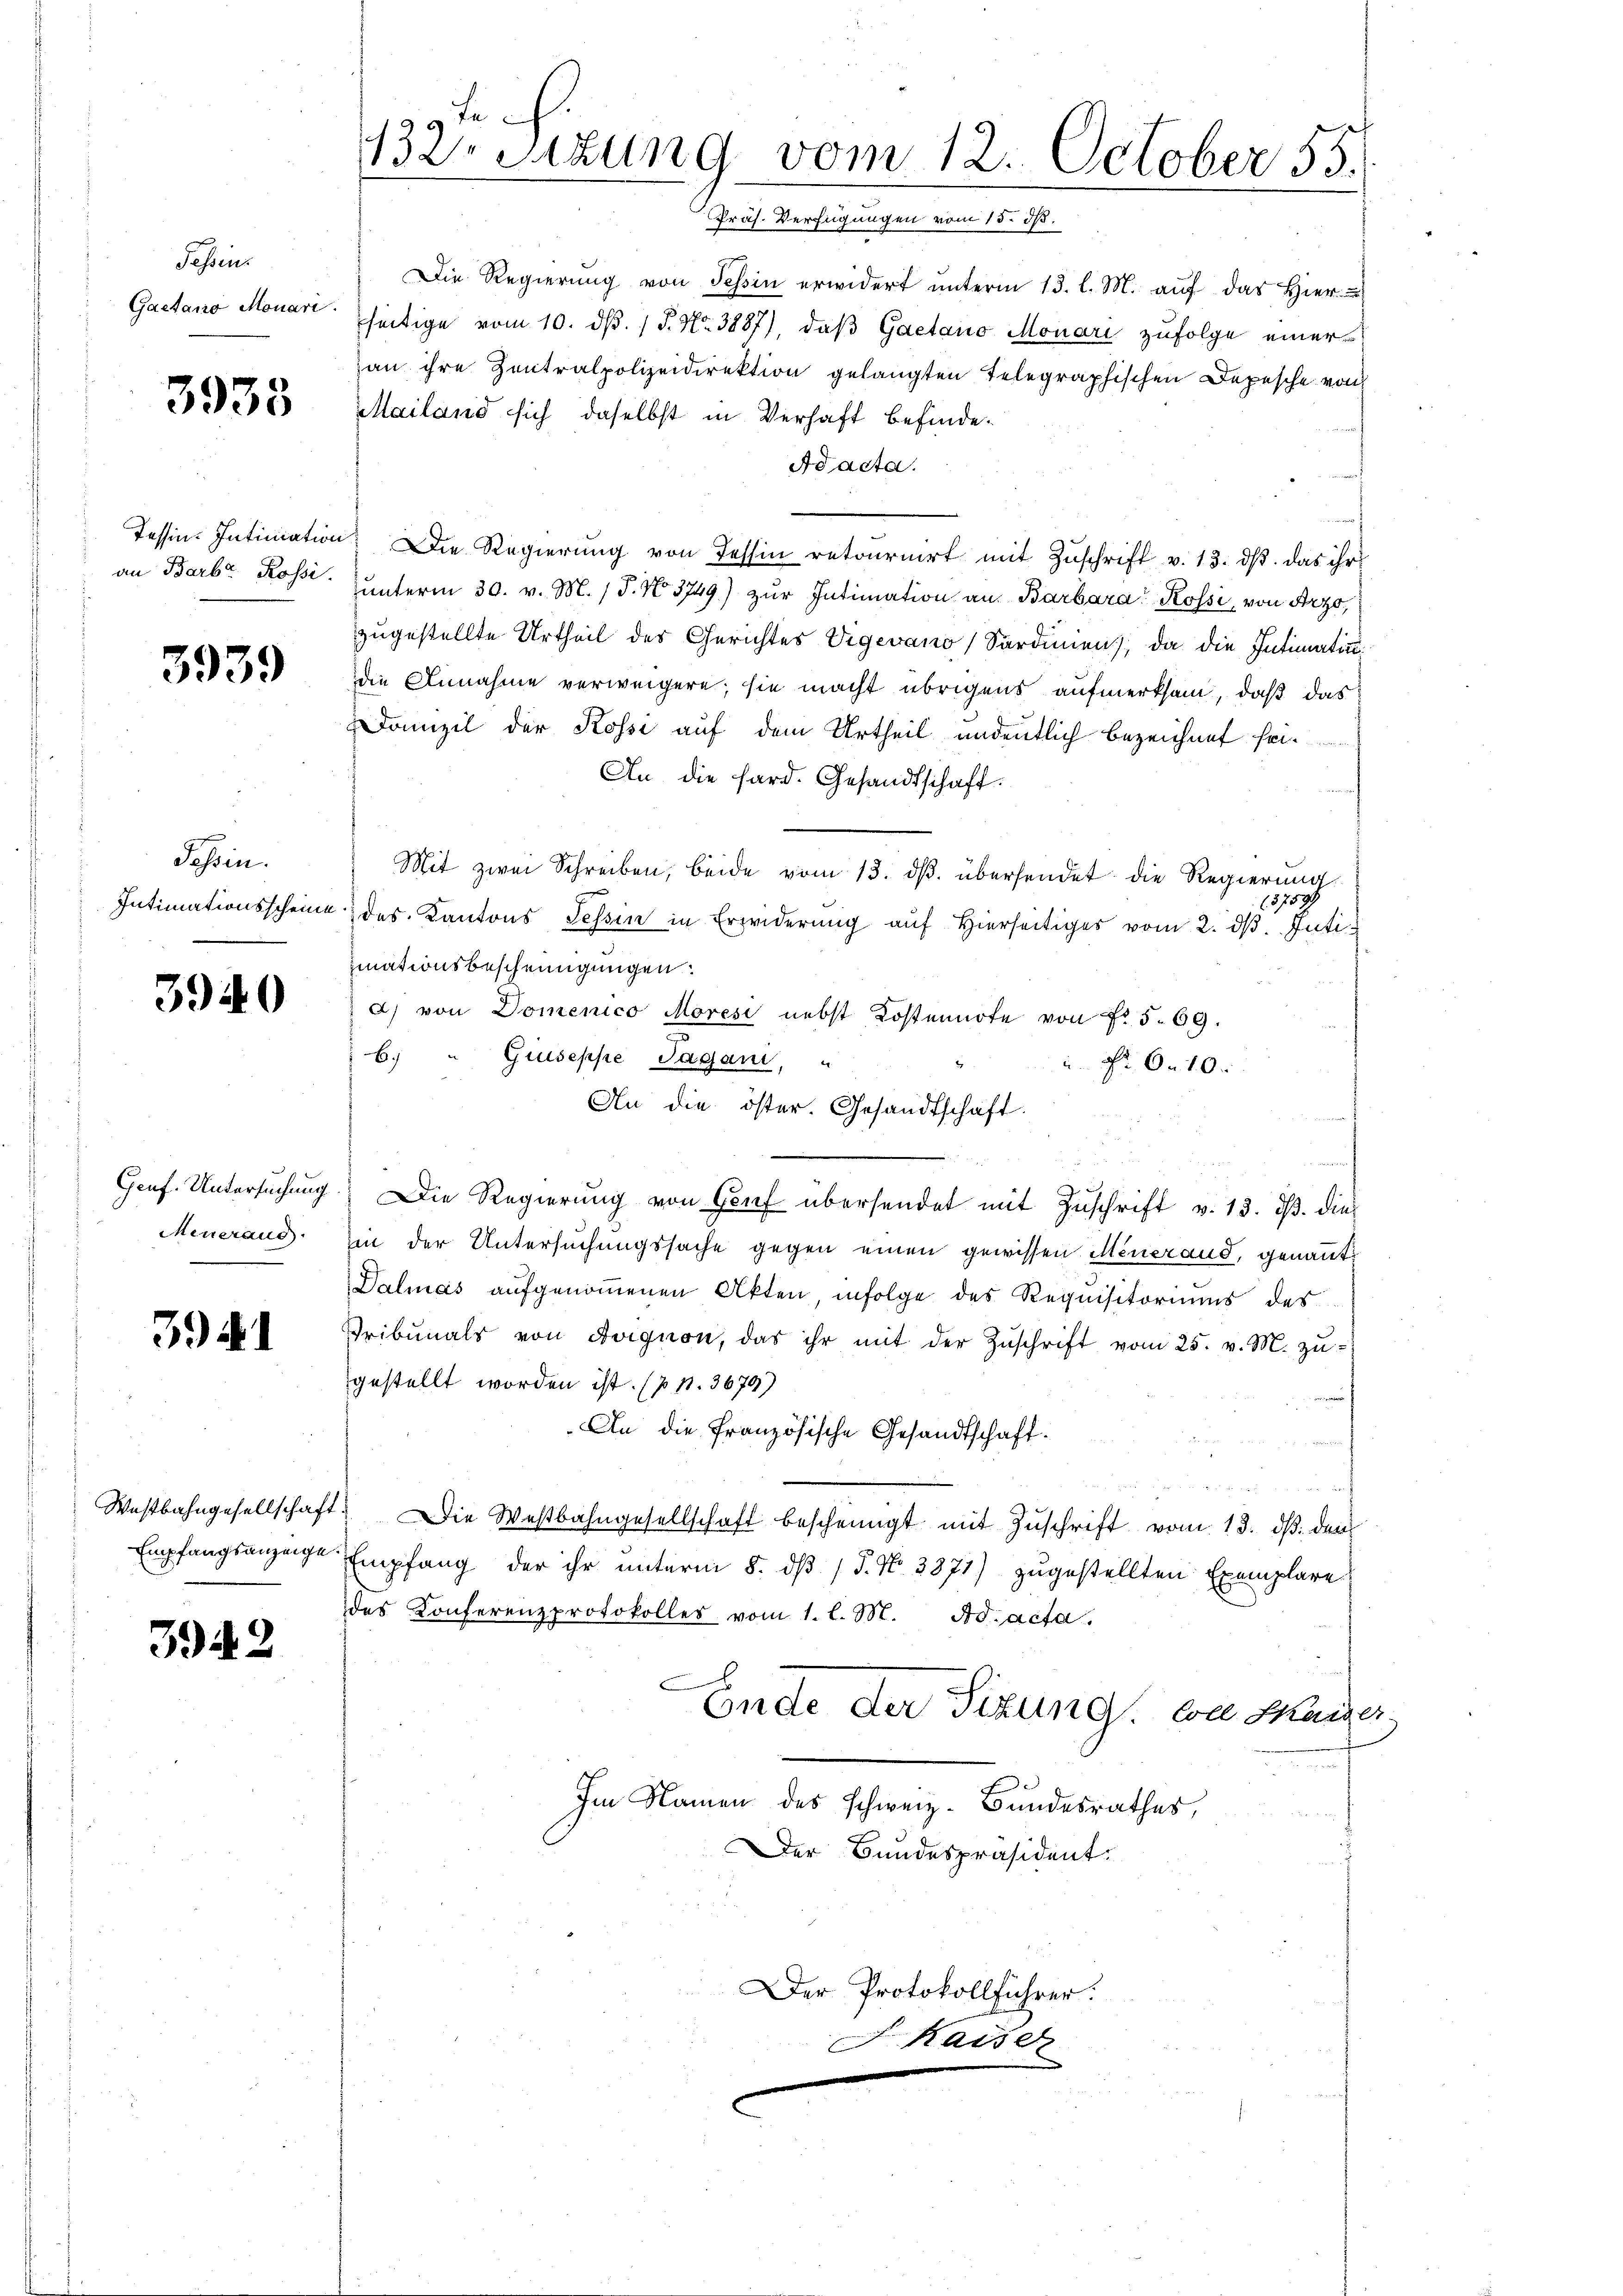
Tessin:
Gaetano Monari

3935

Tessin. Intiniation
an Barbar Rossi.

3939

Tessin.
Intimationsscheine

3940

Genf. Untersuchung
Meueraus.

394. 1

Westbahngesellschaft
Empfangsanzeige

3942

F
132. Sitzung vom 12. October 55.
Präs. Verfügungen vom 15. ds.

Die Regierŭng von Tessin erwidert ŭnterm 13. l. M. aŭf das Hier-
seitige vom 10. d. 1 P. Nr. 3887), daß Gaetano Monari zufolge einer
an ihre Zentralpolizeidirektion gelangten Telegraphischen Depesche von
Mailand sich daselbst in Verhaft befinde¬
Adacta.
 Die Regierung von Tessin retournirt mit Zuschrift v. 13. ds. das ihr
ŭnterm 30. v. M. 18. No. 3749) zŭr Intimation an Barbara Rossi, von Arzo,
zugestellte Urtheil des Gerichtes Vigevano Sardinien, da die Intimatindie Annahme verweigere; sie macht übrigens aufmerksam, daß das
Domizil der Kosse auf dem Urtheil andentlich bezeichnet sei.
An die Sard. Gesandtschaft.
Mit zwei Schreiben, beide vom 13. ds. übersendet die Regierung
3759
des Kantons Tessin in Erwiderŭng aŭf hierseitiger vom 2. dβ. Inti-
inationsbescheinigungen:
a) von Domenico Moresi nebst Kostennote von Fr. 5. 69.
b. " Giuseppe Jagani, "
 610.
An die öster. Gesandtschaft.
Die Regierung von Genf übersendet mit Zuschrift v. 13. ds. dies
in der Untersuchungssache gegen einen gewissen Menerand, genannt:
Dalmas aufgenommenen Akten infolge des Requisitoriums des
Tribunals von Avignon, das ihr mit der Zŭschrift vom 25. v. M. zŭ-
gestellt worden ist. (p p. 3679)
An die französische Gesandtschaft.
Die Westbahngesellschaft bescheinigt mit Zŭschrift vom 13. ds. dem
Empfang der ihr unterm 8. dβ / 5. No. 3871) zugestellten Exemplare
des Konferenzprotokolles vom 1. l. M. Ad acta.
Ende der Sitzung, von Kaiser,
Im Namen des schweiz. Bundesrathes,
Der Bundespräsident
Der Protokollführer:

E

Kaiser